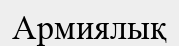
Армиялық